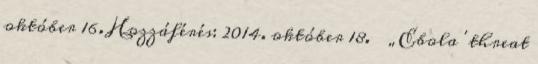
október 16. Hozzáférés: 2014. október 18. ↑ „Ebola 'threat